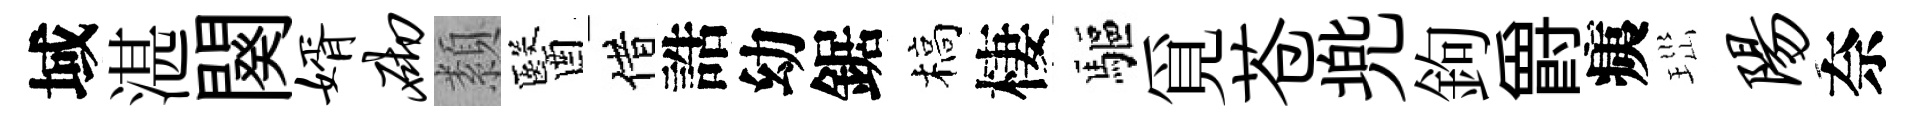
域湛闋婿砌纇醫借誥幼鋸槁棲驅覓苍兠鉤爵痍𤤼阳奈